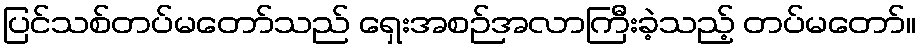
ပြင်သစ်တပ်မတော်သည် ရှေးအစဉ်အလာကြီးခဲ့သည့် တပ်မတော်။